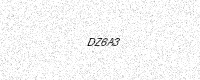
Text: DZ6A3